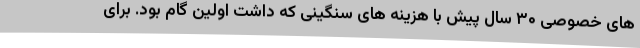
های خصوصی ۳۰ سال پیش با هزینه های سنگینی که داشت اولین گام بود. برای